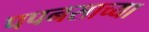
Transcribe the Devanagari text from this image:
पपनसाच्या